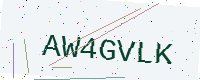
Text: AW4GVLK